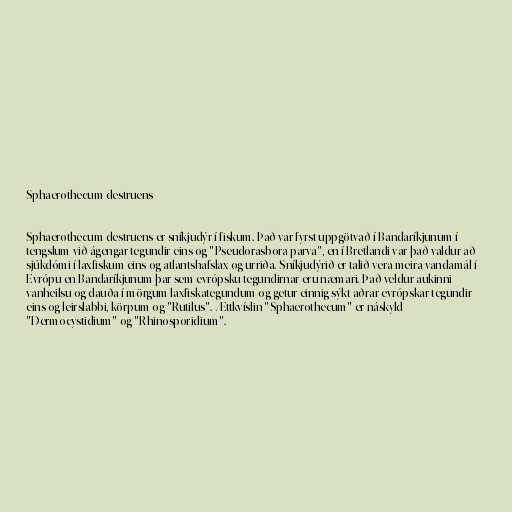
Sphaerothecum destruens

Sphaerothecum destruens er sníkjudýr í fiskum. Það var fyrst uppgötvað í Bandaríkjunum í
tengslum við ágengar tegundir eins og "Pseudorasbora parva", en í Bretlandi var það valdur að
sjúkdómi í laxfiskum eins og atlantshafslax og urriða. Sníkjudýrið er talið vera meira vandamál í
Evrópu en Bandaríkjunum þar sem evrópsku tegundirnar eru næmari. Það veldur aukinni
vanheilsu og dauða í mörgum laxfiskategundum og getur einnig sýkt aðrar evrópskar tegundir
eins og leirslabbi, körpum og "Rutilus". Ættkvíslin "Sphaerothecum" er náskyld
"Dermocystidium" og "Rhinosporidium".